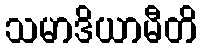
သမာဒိယာမီတိ